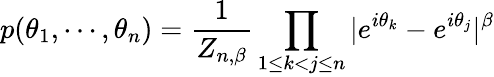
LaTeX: p(\theta_{1},\cdots,\theta_{n})={\frac{1}{Z_{n,\beta}}}\prod_{1\leq k<j\leq n}|e^{i\theta_{k}}-e^{i\theta_{j}}|^{\beta}